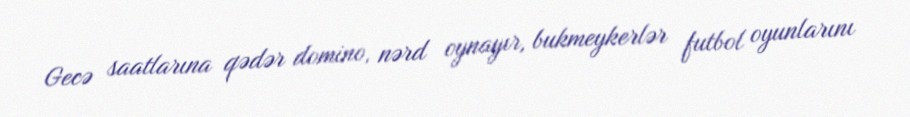
Gecə saatlarına qədər domino, nərd oynayır, bukmeykerlər futbol oyunlarını